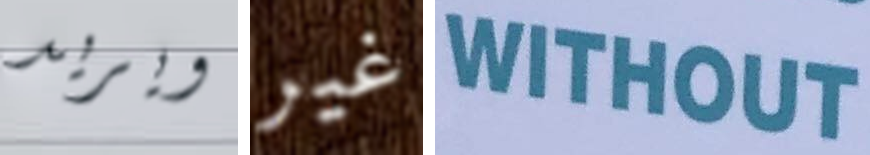
ويريد غير WITHOUT